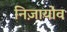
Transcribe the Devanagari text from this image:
निज़ायोव